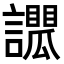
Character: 𧭑